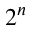
2 ^ { n }